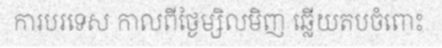
ការបរទេស កាលពីថ្ងៃម្សិលមិញ ឆ្លើយតបចំពោះ